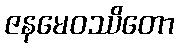
ဇနမေဝဿိတော